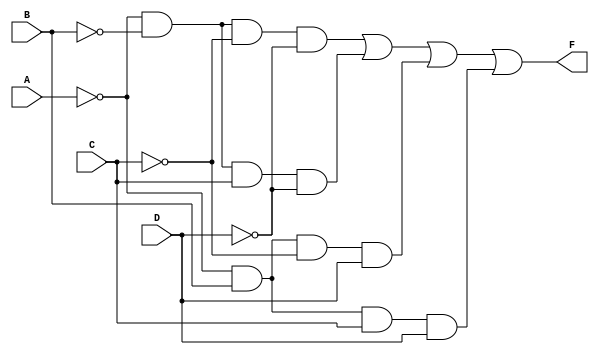
module EssentialPrimeImplicants(
    input wire A,
    input wire B,
    input wire C,
    input wire D,
    output wire F
);

// Define the prime implicants based on the minterms
// Minterms: 0 (0000), 1 (0001), 2 (0010), 5 (0101), 6 (0110), 7 (0111)
// Essential prime implicants derived from K-map or minimization techniques
wire p1 = ~A & ~B & ~C & ~D; // minterm 0
wire p2 = ~A & ~B &  C & ~D; // minterm 2
wire p3 = ~A &  B & ~C &  D; // minterm 5
wire p4 = ~A &  B &  C &  D; // minterm 7

// Combine essential prime implicants using OR gates
assign F = p1 | p2 | p3 | p4;

endmodule